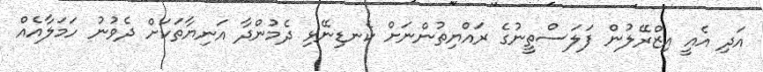
އަދި އެއީ އިޒްރޭލުން ފަލަސްތީނުގެ ރައްޔިތުންނަށް ކެނޑިނޭޅި ދެމުންދާ އަނިޔާތަކަށް ދެވުނު ހަމަލާއެއް